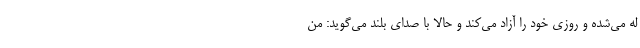
له می‌شده و روزی خود را آزاد می‌کند و حالا با صدای بلند می‌گوید: من